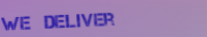
We Deliver